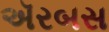
ઍરબસ